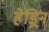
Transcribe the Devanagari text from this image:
हेड्रिन